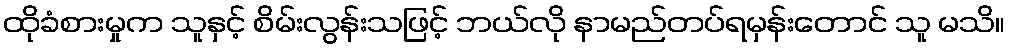
ထိုခံစားမှုက သူနှင့် စိမ်းလွန်းသဖြင့် ဘယ်လို နာမည်တပ်ရမှန်းတောင် သူ မသိ။